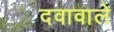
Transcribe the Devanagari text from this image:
दवावाले